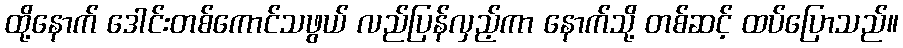
ထို့နောက် ဒေါင်းတစ်ကောင်သဖွယ် လည်ပြန်လှည့်ကာ နောက်သို့ တစ်ဆင့် ထပ်ပြောသည်။